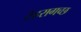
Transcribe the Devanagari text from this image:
टेहरागच्छ